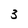
Character: 3